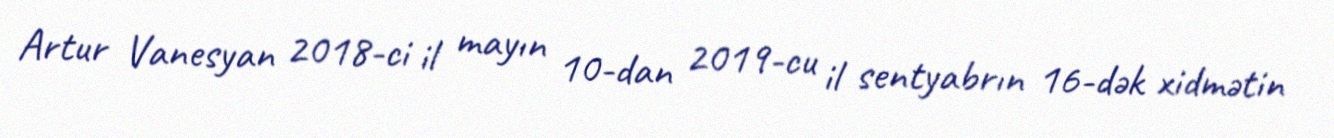
Artur Vanesyan 2018-ci il mayın 10-dan 2019-cu il sentyabrın 16-dək xidmətin